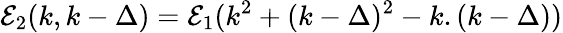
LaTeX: {\cal E}_{2}(k,k-\Delta)={\cal E}_{1}(k^{2}+(k-\Delta)^{2}-k.(k-\Delta))